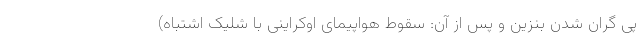
پی گران شدن بنزین و پس از آن: سقوط هواپیمای اوکراینی با شلیک اشتباه)